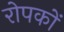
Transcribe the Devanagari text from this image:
रोपकों